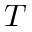
T